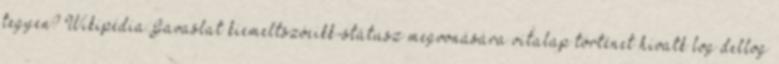
tegyen? Wikipédia:Javaslat kiemeltszócikk-státusz megvonására vitalap történet hivatk log dellog